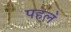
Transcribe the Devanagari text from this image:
पहल॓